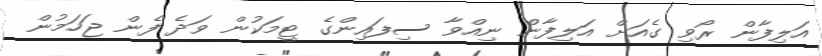
އަލިފާން ރޯވި ގެއަށް އަލިފާން ނިއްވާ ސިފައިންގެ ޓީމަކުން ވަދެ ފެން ޖަހަމުން